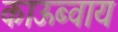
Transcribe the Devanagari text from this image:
काऊब्वाय